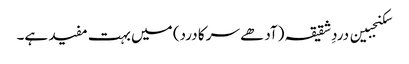
سکنجبین دردِ شقیقہ (آدھے سر کا درد) میں بہت مفید ہے۔